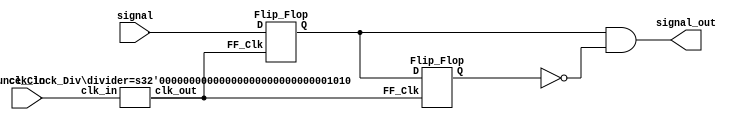
`timescale 1ns / 1ps
//////////////////////////////////////////////////////////////////////////////////
// Company: 
// Engineer: 
// 
// Design Name: 
// Module Name: Debouncer
// Project Name: 
// Target Devices: 
// Tool Versions: 
// Description: 
// 
// Dependencies: 
// 
// Revision:
// Revision 0.01 - File Created
// Additional Comments:
// 
//////////////////////////////////////////////////////////////////////////////////


module debouncer 
    #(parameter divider = 10)(input signal, input clk_in, 
    output signal_out
    );

    // input signal is the actual signals to be debounced.
    // output sungal_out is the clean debounced signals.
    // this circuit will divide down the input clock and if the signal in is held high for
    //at least one clock cycle of the divided clock, it will be outputted for one pulse (one clock cycle)
    
    //example: if input clock is 1Mhz and divider is 1000000, the signal must be held high for 1 second for it to be considered "stable" 
    //the signal will then be outputted for one clock cycle of the didvided clock (1hz / 1 second)
    
    wire signal_Q1;
    wire signal_Q2;
    
    wire signal_Q2_bar;
    
    wire clk_divided;
    
    Debounce_Clock_Div #(divider) div(clk_in, clk_divided);
    
    Flip_Flop signal_Cap_One (clk_divided, signal, signal_Q1);
    Flip_Flop signal_Cap_Two (clk_divided, signal_Q1, signal_Q2);
    
    assign signal_Q2_bar = ~signal_Q2;
    
    //the signal will be outputted high for one clock pulse of the divided clk
    assign signal_out = signal_Q1 & signal_Q2_bar;
     
    endmodule
    
    
     module Flip_Flop(input FF_Clk, input D, output reg Q);
    
        always @(posedge FF_Clk) 
            begin
                
                Q <= D;   
        end
    endmodule
    
    
    
    
    module Debounce_Clock_Div #(parameter divider = 1000)(clk_in, clk_out
        );
    input clk_in; // input clock
    output reg clk_out; // output clock after dividing the input clock by divisor
    reg[27:0] counter=28'd0;
    
    // The frequency of the output clk_out
    //  = The frequency of the input clk_in divided by divider
    
    always @(posedge clk_in)
    begin
        counter <= counter + 28'd1;
        
        if(counter>=(divider-1))
            counter <= 28'd0;
      
        if (counter <= divider/2)
            clk_out <=1'b0;
            
        else if (counter > divider/2)
            clk_out <=1'b1;
        
    end
endmodule